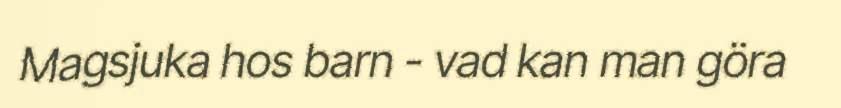
Magsjuka hos barn - vad kan man göra